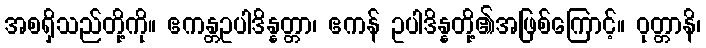
အစရှိသည်တို့ကို။ ဧကန္တဥပါဒိန္နတ္တာ၊ ဧကန် ဥပါဒိန္နတို့၏အဖြစ်ကြောင့်။ ဝုတ္တာနိ၊